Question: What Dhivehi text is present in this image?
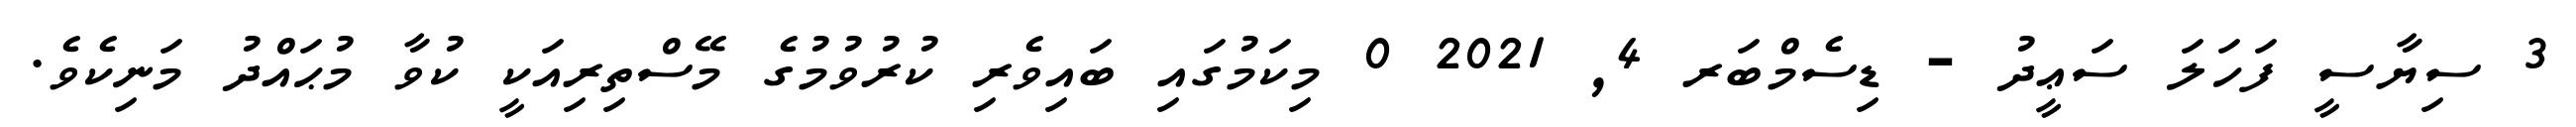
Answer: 3 ސިޔާސީ ފަހަލަ ސަޢީދު - ޑިސެމްބަރ 4, 2021 0 މިކަމުގައި ބައިވެރި ކުރުވުމުގެ މޭސްތިރިއަކީ ކުވާ މުޙައްދު މަނިކެވެ.